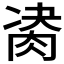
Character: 𦛇